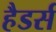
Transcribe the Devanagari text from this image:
हैडर्स